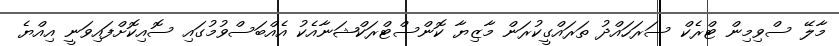
މާލޭ ސްވިމިން ޓްރެކް ސަރަހައްދު ތަރައްގީކުރަން މާޒިޔާ ކޮންސްޓްރަކްޝަނާއެކު އެއްބަސްވުމުގައި ސޮއިކޮށްފައިވަނީ އިއްޔެ